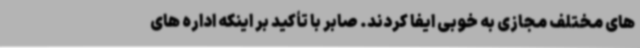
های مختلف مجازی به خوبی ایفا کردند. صابر با تأکید بر اینکه اداره های